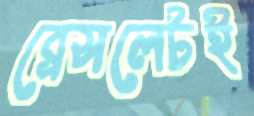
ব্রেসলেটই